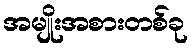
အမျိုးအစားတစ်ခု